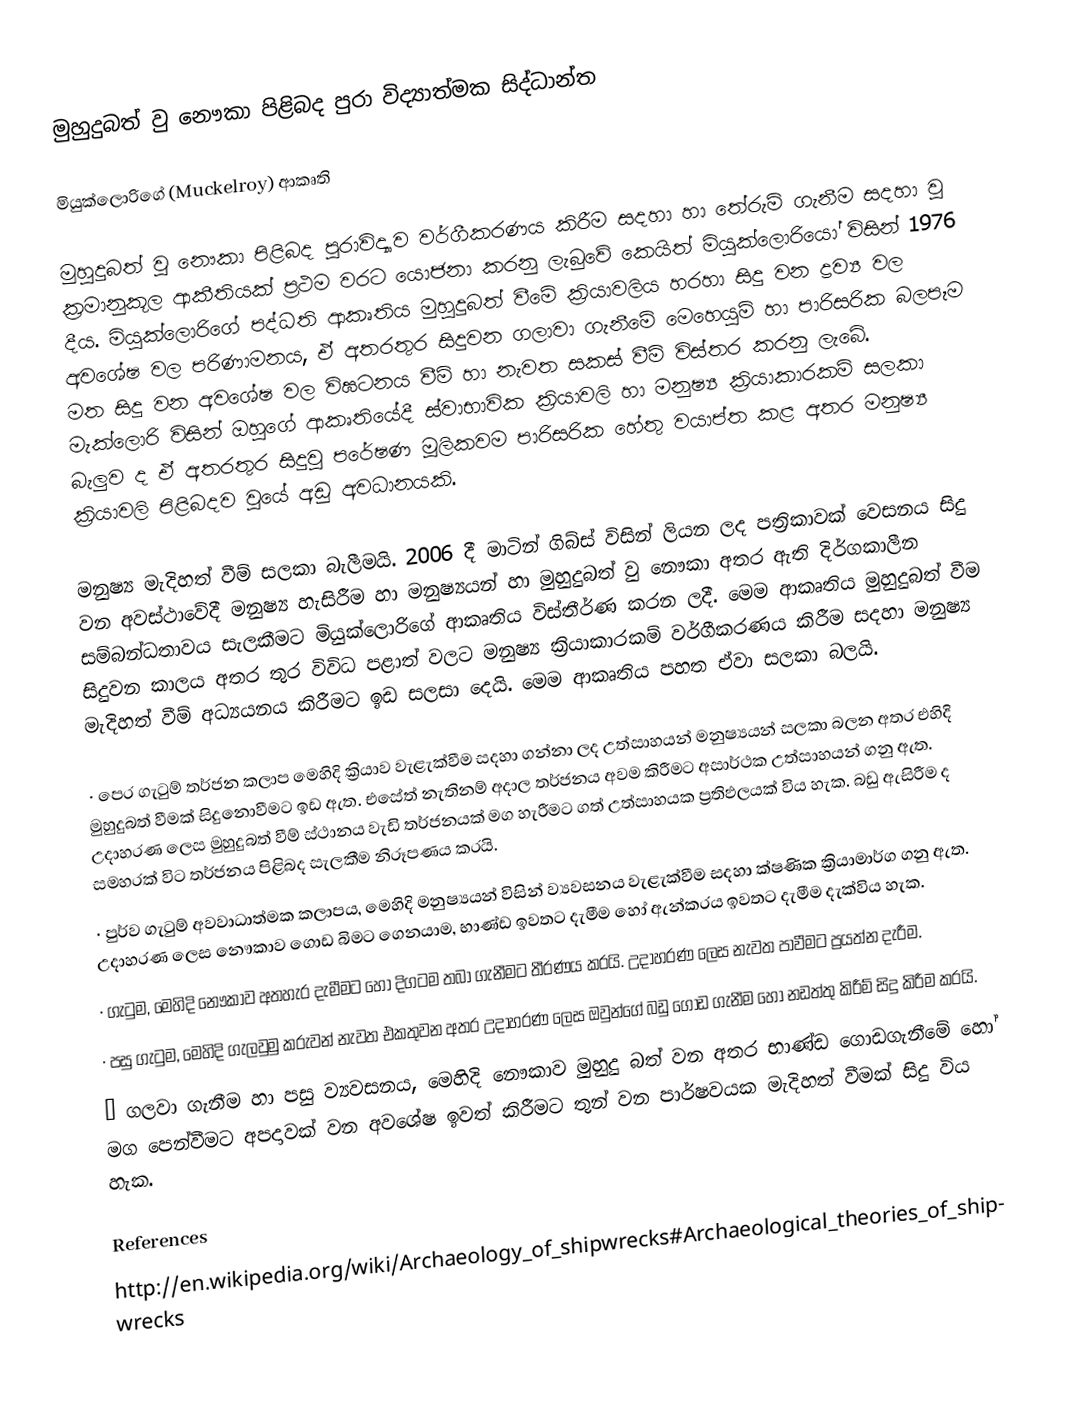
මුහුදුබත් වු නෞකා පිළිබද පුරා විද්‍යාත්මක සිද්ධාන්ත

මියුක්ලොරිගේ (Muckelroy) ආකෘති

මුහුදුබත් වු නෞකා පිළිබද පුරාවිද්‍යාව වර්ගීකරණය කිරීම සදහා හා තේරුම් ගැනීම සදහා වු ක්‍රමානුකූල ආකීතියක් ප්‍රථම වරට යොජනා කරනු ලැබුවේ කෙයිත් මියුක්ලොරියෝ විසින් 1976 දීය. මියුක්ලොරිගේ පද්ධති ආකෘතිය මුහුදුබත් වීමේ ක්‍රියාවලිය හරහා සිදු වන ද්‍රව්‍ය වල අවශේෂ වල පරිණාමනය, ඒ අතරතුර සිදුවන ගලාවා ගැනීමේ මෙහෙයුම් හා පාරිසරික බලපෑම මත සිදු වන අවශේෂ වල විඝටනය වීම් හා නැවත සකස් වීම් විස්තර කරනු ලැබේ. මැක්ලොරි විසින් ඔහුගේ ආකෘතියේදී ස්වාභාවික ක්‍රියාවලි හා මනුෂ්‍ය ක්‍රියාකාරකම් සලකා බැලුව ද ඒ අතරතුර සිදුවු පරේෂණ මූලිකවම පාරිසරික හේතු වයාප්ත කළ අතර මනුෂ්‍ය ක්‍රියාවලි පිළිබදව වුයේ අඩු අවධානයකි.

මනුෂ්‍ය මැදිහත් වීම් සලකා බැලීමයි. 2006 දී මාටින් ගිබ්ස් විසින් ලියන ලද පත්‍රිකාවක් වෙසනය සිදු වන අවස්ථාවේදී මනුෂ්‍ය හැසිරීම හා මනුෂ්‍යයන් හා මුහුදුබත් වු නෞකා අතර ඇති දිර්ගකාලීන සම්බන්ධතාවය සැලකීමට මියුක්ලොරිගේ ආකෘතිය විස්තීර්ණ කරන ලදී. මෙම ආකෘතිය මුහුදුබත් වීම සිදුවන කාලය අතර තුර විවිධ පළාත් වලට මනුෂ්‍ය ක්‍රියාකාරකම් වර්ගීකරණය කිරීම සදහා මනුෂ්‍ය මැදිහත් වීම් අධ්‍යයනය කිරීමට ඉඩ සලසා දෙයි. මෙම ආකෘතිය පහත ඒවා සලකා බලයි.

·	පෙර ගැටුම් තර්ජන කලාප මෙහිදි ක්‍රියාව වැළැක්වීම සදහා ගන්නා ලද උත්සාහයන් මනුෂ්‍යයන් සලකා බලන අතර එහිදි මුහුදුබත් වීමක් සිදුනොවීමට ඉඩ ඇත. එසේත් නැතිනම් අදාල තර්ජනය අවම කිරීමට අසාර්ථක උත්සාහයන් ගනු ඇත. උදාහරණ ලෙස මුහුදුබත් වීම් ස්ථානය වැඩි තර්ජනයක් මග හැරීමට ගත් උත්සාහයක ප්‍රතිඵලයක් විය හැක. බඩු ඇසිරීම ද සමහරක් විට තර්ජනය පිළිබද සැලකීම නිරූපණය කරයි.
·	පුර්ව ගැටුම් අවවාධාත්මක කලාපය, මෙහිදි මනුෂ්‍යයන් විසින් ව්‍යවසනය වැළැක්වීම සදහා ක්ෂණික ක්‍රියාමාර්ග ගනු ඇත. උදාහරණ ලෙස නෞකාව ගොඩ බිමට ගෙනයාම, භාණ්ඩ ඉවතට දැමීම හෝ ඇන්කරය ඉවතට දැමීම දැක්විය හැක.
·	ගැටුම, මෙහිදි නෞකාව අතහැර දැමීමට හෝ දිගටම තබා ගැනීමට තීරණය කරයි. උදාහරණ ලෙස නැවත පාවීමට ප්‍රයත්න දැරීම.
·	පසු ගැටුම, මෙහිදි ගැලවුමු කරුවන් නැවත එකතුවන අතර උදාහරණ ලෙස ඔවුන්ගේ බඩු ගොඩ ගැනීම හෝ නඩත්තු කිරීම් සිදු කිරීම කරයි.
·	ගලවා ගැනීම හා පසු ව්‍යවසනය, මෙහිදි නෞකාව මුහුදු බත් වන අතර භාණ්ඩ ගොඩගැනීමේ හෝ මග පෙන්වීමට අපදාවක් වන අවශේෂ ඉවත් කිරීමට තුන් වන පාර්ෂවයක මැදිහත් වීමක් සිදු විය හැක.

References
http://en.wikipedia.org/wiki/Archaeology_of_shipwrecks#Archaeological_theories_of_shipwrecks